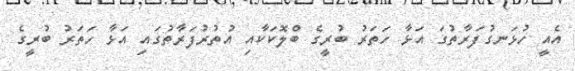
އެއީ ހުޅަނގުފަރާތުގަ އަޅާ ހަތަރު ބުރީގެ ބްލޮކަކާއި އުތުރުފަރާތުގައި އަޅާ ހަތަރު ބުރީގެ